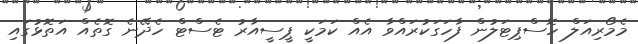
މެމޯރިއަލް ހޮސްޕިޓަލުން ފާހަގަކުރައްވާ އެއް ކަމަކީ ޕީސީއާރު ޓެސްޓް ހެދޭނެ ގޮތެއް އަތޮޅުގައި